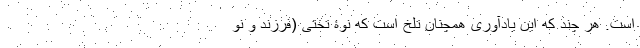
است. هر چند که این یادآوری همچنان تلخ است که نوۀ تختی (فرزند و نو